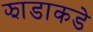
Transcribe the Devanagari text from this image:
झाडाकडे